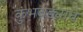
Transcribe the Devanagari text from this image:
कुंभवड्याचे